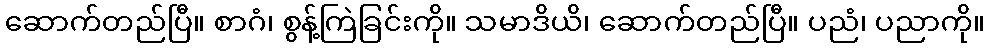
ဆောက်တည်ပြီ။ စာဂံ၊ စွန့်ကြဲခြင်းကို။ သမာဒိယိ၊ ဆောက်တည်ပြီ။ ပညံ၊ ပညာကို။